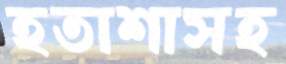
হতাশাসহ